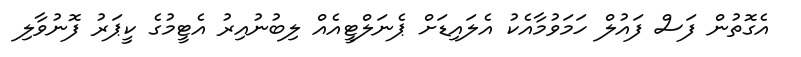
އެގޮތުން ފަސް ފައުލް ހަމަވުމާއެކު އެލައިޑަށް ޕެނަލްޓީއެއް ލިބުނުއިރު އެޓީމުގެ ކީޕަރު ފޮނުވާލި